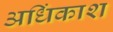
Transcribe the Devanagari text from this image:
अधिंकाश